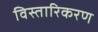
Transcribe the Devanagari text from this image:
विस्तारिकरण